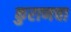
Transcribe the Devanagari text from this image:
कुराणचा